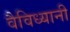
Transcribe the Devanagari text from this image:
वैविध्यानी